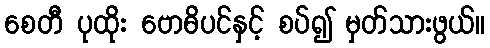
စေတီ ပုထိုး ဗောဓိပင်နှင့် စပ်၍ မှတ်သားဖွယ်။